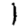
Digit: 1